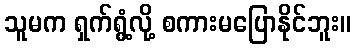
သူမက ရှက်ရွံ့လို့ စကားမပြောနိုင်ဘူး။